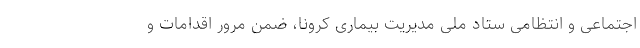
اجتماعی و انتظامی ستاد ملی مدیریت بیماری کرونا، ضمن مرور اقدامات و